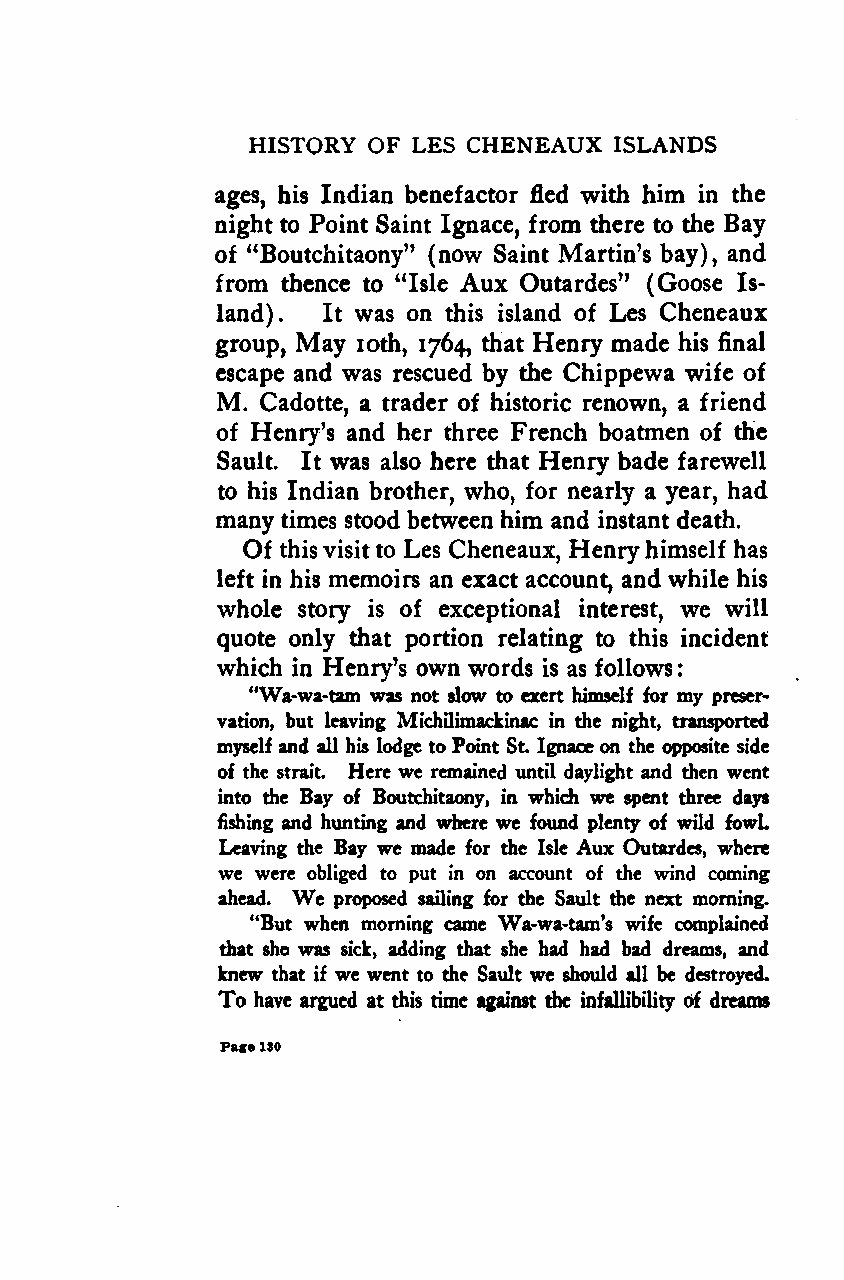
:
 HISTORY OF LES CHENEAUX  ISLANDS
 ages, his Indian benefactor fled with him in the
 night to Point Saint Ignace, from there to the Bay
 of "Boutchitaony" (now Saint Martin's bay), and
 from thence to "Isle Aux Outardes" (Goose Is-
 land). It was on this island of Les Cheneaux
 group, May ioth, 1764, that Henry made his final
 escape and was rescued by the Chippewa wife of
 M. Cadotte, a trader of historic renown, a friend
 of Henry's and her three French boatmen of the
 Sault. It was also here that Henry bade farewell
 to his Indian brother, who, for nearly a year, had
 many times stood between him and instant death.
 Of thisvisit to Les Cheneaux, Henryhimself has
 left in his memoirs an exact account, and while his
 whole story is of exceptional interest, we will
 quote only that portion relating to this incident
 which in Henry's own words is as follows
 "Wa-wa-tam was not slow to exert himself for my preser-
 vation, but leaving Michilimackinac in the night, transported
 myself and all his lodge toPoint St. Ignace on the opposite side
 of the strait. Here we remained until daylight and then went
 into the Bay of Boutchitaony, in which we spent three days
 fishing and hunting and where we found plenty of wild fowl.
 Leaving the Bay we made for the Isle Aux Outardes, where
 we were obliged to put in on account of the wind coming
 We
 ahead.  proposed sailing for the Sault the next morning.
 "But when morning came Wa-wa-tam's wife complained
 that sho was sick, adding that she had had bad dreams, and
 knew that if we went to the Sault we should all be destroyed.
 To have argued at this time against die infallibility of dreams
 Page130
 Google
 Digitizedby